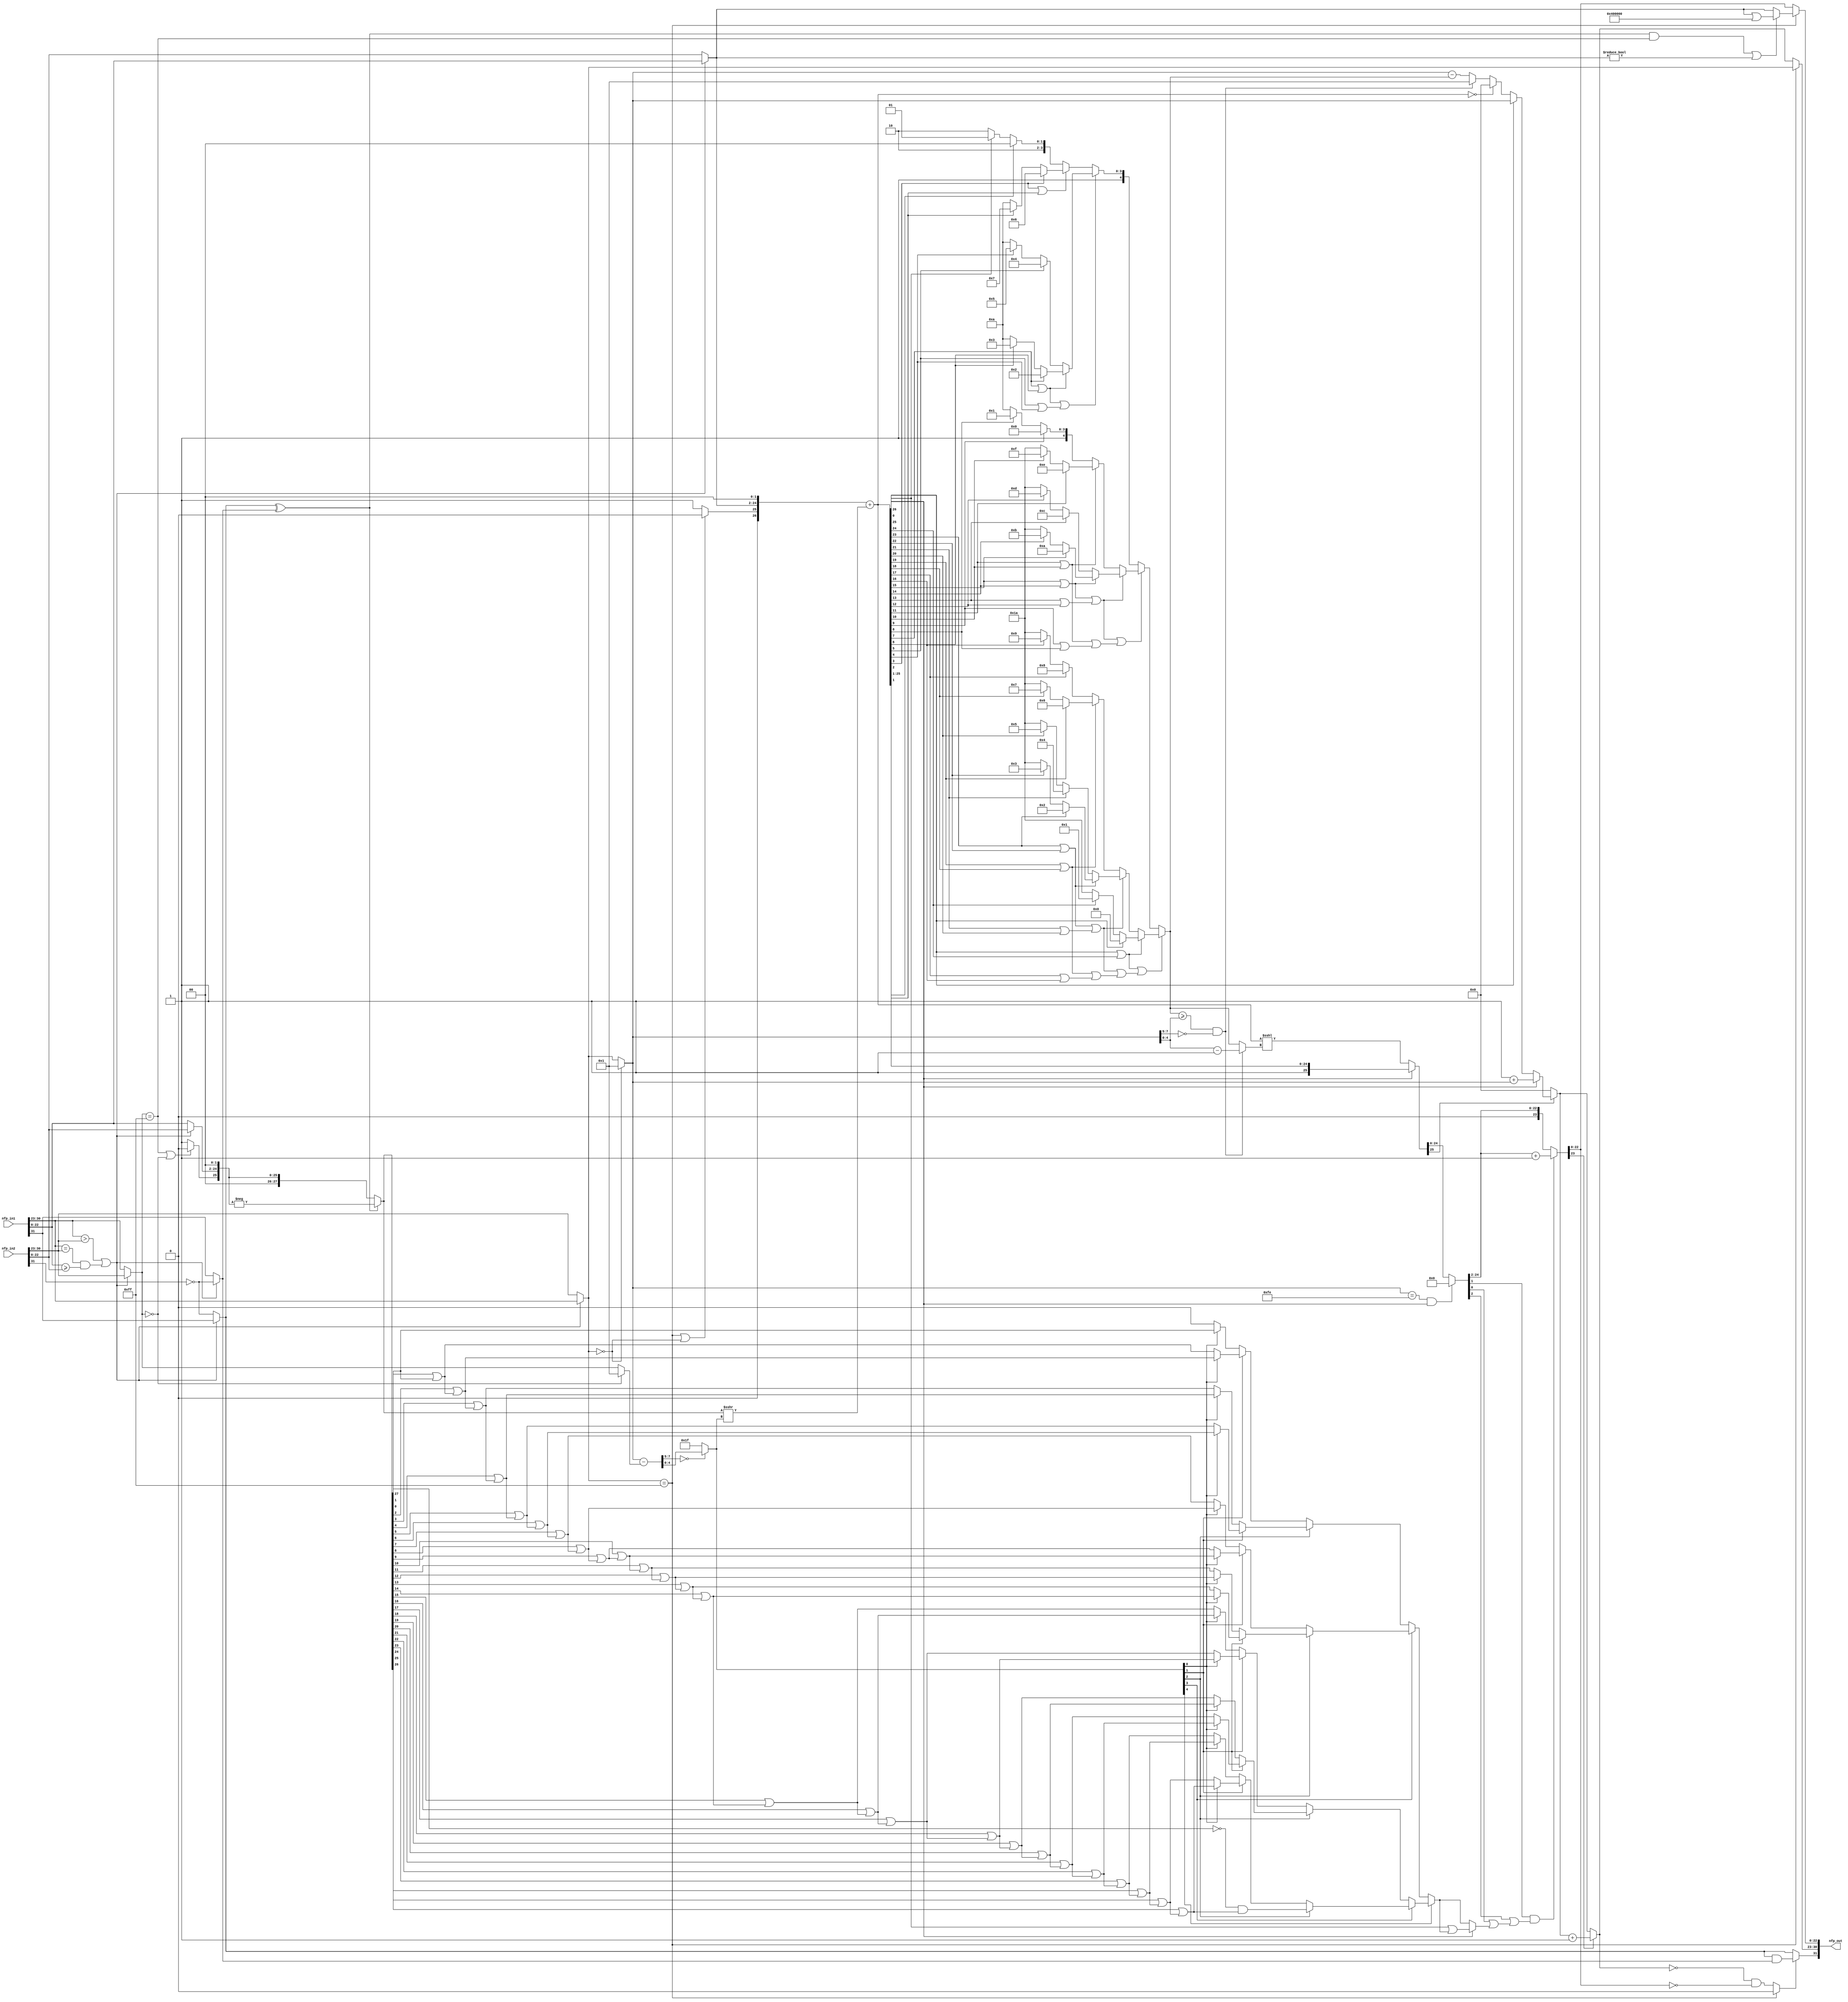
// -------------------------------------------------------------
// 
// 
// Generated by MATLAB 9.12 and HDL Coder 3.20
// 
// -------------------------------------------------------------


// -------------------------------------------------------------
// 
// Module: nfp_sub_single
// Source Path: SimulinkCFARHDLWorkflowExampleNew/CFAR Implementation Model/Alpha HDL/nfp_sub_single
// Hierarchy Level: 2
// 
// {Latency Strategy = "Zero"}
// 
// -------------------------------------------------------------

`timescale 1 ns / 1 ns

module nfp_sub_single
          (nfp_in1,
           nfp_in2,
           nfp_out);


  input   [31:0] nfp_in1;  // ufix32
  input   [31:0] nfp_in2;  // ufix32
  output  [31:0] nfp_out;  // ufix32


  wire AS;  // ufix1
  wire [7:0] AE;  // ufix8
  wire [22:0] AM;  // ufix23
  wire BS;  // ufix1
  wire [7:0] BE;  // ufix8
  wire [22:0] BM;  // ufix23
  wire Relational_Operator1_relop1;
  wire Relational_Operator_relop1;
  wire bitconcat_aExponent_aMantissa_relop1;
  wire Logical_Operator_out1;  // ufix1
  wire Logical_Operator1_out1;  // ufix1
  wire [7:0] if_bitconcat_aExponent_aMantiss_out1;  // ufix8
  wire aExponent_cfType_Exponent_I_out1;  // ufix1
  wire Exponent_0_out1;  // ufix1
  wire [7:0] C_out1;  // ufix8
  wire [7:0] if_Exponent_0_out1;  // ufix8
  wire exp_norm_cfType_Exponent_In_out1;  // ufix1
  wire alphaExponent_0_cfType_Exp_out1;  // ufix1
  wire [2:0] alpha1_out1;  // ufix3
  wire [2:0] alpha0_out1;  // ufix3
  wire [2:0] if_Exponent_0_cfType_Exp_out1;  // ufix3
  wire [22:0] if_bitconcat_aExponent_aMantiss_1_out1;  // ufix23
  wire [25:0] Bit_Concat_out1;  // ufix26
  wire [1:0] alpha0_1_out1;  // ufix2
  wire [27:0] Bit_Concat1_out1;  // ufix28
  wire signed [27:0] Data_Type_Conversion_out1;  // sfix28
  wire Logical_Operator_out1_1;  // ufix1
  wire if_bitconcat_aExponent_aMantiss_2_out1;  // ufix1
  wire if_bitconcat_aExponent_aMantiss_5_out1;  // ufix1
  wire bitxor_out1;  // ufix1
  wire [7:0] if_bitconcat_aExponent_aMantiss_3_out1;  // ufix8
  wire exp_b_cfType_Exponent_Inf_o_out1;  // ufix1
  wire Exponent_0_out1_1;  // ufix1
  wire alphaExponent_0_cfType_Exp_out1_1;  // ufix1
  wire [2:0] alpha1_out1_1;  // ufix3
  wire [2:0] alpha0_out1_1;  // ufix3
  wire [2:0] if_Exponent_0_cfType_Exp_out1_1;  // ufix3
  wire [22:0] if_bitconcat_aExponent_aMantiss_4_out1;  // ufix23
  wire [25:0] Bit_Concat_out1_1;  // ufix26
  wire [1:0] alpha0_1_out1_1;  // ufix2
  wire [27:0] Bit_Concat1_out1_1;  // ufix28
  wire signed [27:0] Data_Type_Conversion_out1_1;  // sfix28
  wire signed [28:0] alphamant_b_ext_in0;  // sfix29
  wire signed [28:0] alphamant_b_ext_1;  // sfix29
  wire signed [27:0] alphamant_b_ext_out1;  // sfix28
  wire signed [27:0] if_opp_Sign_out1;  // sfix28
  wire [7:0] C_out1_1;  // ufix8
  wire [7:0] if_Exponent_0_out1_1;  // ufix8
  wire signed [31:0] storedInteger_exp_a_cor_sto_1;  // sfix32
  wire signed [31:0] storedInteger_exp_a_cor_sto_2;  // sfix32
  wire signed [31:0] storedInteger_exp_a_cor_sto_out1;  // int32
  wire [2:0] Bit_Slice2_out1;  // ufix3
  wire Compare_To_Zero_out1;  // ufix1
  wire [4:0] Constant_out1;  // ufix5
  wire [4:0] Bit_Slice_out1;  // ufix5
  wire [4:0] if_opp_Sign_1_out1;  // ufix5
  wire [7:0] dynamic_shift_1;  // uint8
  wire signed [27:0] bitsra_mant_b_ext_shift_lengt_out1;  // sfix28
  wire signed [31:0] mant_a_ext_mant_b_shifted_add_temp;  // sfix32
  wire signed [31:0] mant_a_ext_mant_b_shifted_1;  // sfix32
  wire signed [31:0] mant_a_ext_mant_b_shifted_2;  // sfix32
  wire [26:0] mant_a_ext_mant_b_shifted_out1;  // ufix27
  wire BitSlice_out1;  // ufix1
  wire Logical_Operator_out1_2;  // ufix1
  wire [25:0] BitSlice3_out1;  // ufix26
  wire Bit_Slice5_out1;  // ufix1
  wire Bit_Slice3_out1;  // ufix1
  wire Logical_Operator1_out1_1;  // ufix1
  wire [7:0] Bit_Slice2_out1_1;  // ufix8
  wire Bit_Slice16_out1;  // ufix1
  wire Bit_Slice15_out1;  // ufix1
  wire Logical_Operator5_out1;  // ufix1
  wire Bit_Slice14_out1;  // ufix1
  wire Bit_Slice13_out1;  // ufix1
  wire Logical_Operator7_out1;  // ufix1
  wire Logical_Operator6_out1;  // ufix1
  wire Bit_Slice12_out1;  // ufix1
  wire Bit_Slice11_out1;  // ufix1
  wire Logical_Operator4_out1;  // ufix1
  wire Bit_Slice10_out1;  // ufix1
  wire Bit_Slice9_out1;  // ufix1
  wire Logical_Operator14_out1;  // ufix1
  wire Logical_Operator13_out1;  // ufix1
  wire Logical_Operator12_out1;  // ufix1
  wire [7:0] Bit_Slice1_out1;  // ufix8
  wire Bit_Slice16_out1_1;  // ufix1
  wire Bit_Slice15_out1_1;  // ufix1
  wire Logical_Operator5_out1_1;  // ufix1
  wire Bit_Slice14_out1_1;  // ufix1
  wire Bit_Slice13_out1_1;  // ufix1
  wire Logical_Operator7_out1_1;  // ufix1
  wire Logical_Operator6_out1_1;  // ufix1
  wire Bit_Slice12_out1_1;  // ufix1
  wire Bit_Slice11_out1_1;  // ufix1
  wire Logical_Operator4_out1_1;  // ufix1
  wire Bit_Slice10_out1_1;  // ufix1
  wire Bit_Slice9_out1_1;  // ufix1
  wire Logical_Operator14_out1_1;  // ufix1
  wire Logical_Operator13_out1_1;  // ufix1
  wire [7:0] Bit_Slice4_out1;  // ufix8
  wire Bit_Slice8_out1;  // ufix1
  wire Bit_Slice7_out1;  // ufix1
  wire Logical_Operator1_out1_2;  // ufix1
  wire Bit_Slice6_out1;  // ufix1
  wire Bit_Slice5_out1_1;  // ufix1
  wire Logical_Operator3_out1;  // ufix1
  wire Bit_Slice3_out1_1;  // ufix1
  wire Bit_Slice2_out1_2;  // ufix1
  wire Bit_Slice1_out1_1;  // ufix1
  wire Bit_Slice_out1_1;  // ufix1
  wire [4:0] Constant_out1_1;  // ufix5
  wire [4:0] Constant1_out1;  // ufix5
  wire [4:0] Switch_out1;  // ufix5
  wire Logical_Operator_out1_3;  // ufix1
  wire [4:0] Constant2_out1;  // ufix5
  wire [4:0] Switch1_out1;  // ufix5
  wire [4:0] Constant3_out1;  // ufix5
  wire [4:0] Switch2_out1;  // ufix5
  wire [4:0] Constant4_out1;  // ufix5
  wire Logical_Operator2_out1;  // ufix1
  wire [4:0] Switch3_out1;  // ufix5
  wire [4:0] Switch4_out1;  // ufix5
  wire [4:0] Constant5_out1;  // ufix5
  wire [4:0] Switch5_out1;  // ufix5
  wire [4:0] Constant6_out1;  // ufix5
  wire [4:0] Switch6_out1;  // ufix5
  wire [4:0] Constant7_out1;  // ufix5
  wire [4:0] Switch7_out1;  // ufix5
  wire [4:0] Constant8_out1;  // ufix5
  wire [4:0] Switch8_out1;  // ufix5
  wire Logical_Operator12_out1_1;  // ufix1
  wire [4:0] Switch9_out1;  // ufix5
  wire [4:0] Switch10_out1;  // ufix5
  wire [4:0] Constant9_out1;  // ufix5
  wire [4:0] Switch11_out1;  // ufix5
  wire [4:0] Constant10_out1;  // ufix5
  wire [4:0] Switch12_out1;  // ufix5
  wire [4:0] Constant11_out1;  // ufix5
  wire [4:0] Switch14_out1;  // ufix5
  wire [4:0] Constant12_out1;  // ufix5
  wire [4:0] Switch15_out1;  // ufix5
  wire [4:0] Switch16_out1;  // ufix5
  wire [4:0] Constant13_out1;  // ufix5
  wire [4:0] Switch17_out1;  // ufix5
  wire [4:0] Constant14_out1;  // ufix5
  wire [4:0] Switch18_out1;  // ufix5
  wire [4:0] Constant15_out1;  // ufix5
  wire [4:0] Switch19_out1;  // ufix5
  wire [4:0] Constant16_out1;  // ufix5
  wire [4:0] Switch20_out1;  // ufix5
  wire [4:0] Switch21_out1;  // ufix5
  wire Logical_Operator_out1_4;  // ufix1
  wire [4:0] Switch13_out1;  // ufix5
  wire [4:0] Switch33_out1;  // ufix5
  wire [4:0] Constant9_out1_1;  // ufix5
  wire [4:0] Switch11_out1_1;  // ufix5
  wire [4:0] Constant10_out1_1;  // ufix5
  wire [4:0] Switch12_out1_1;  // ufix5
  wire [4:0] Constant11_out1_1;  // ufix5
  wire [4:0] Switch14_out1_1;  // ufix5
  wire [4:0] Constant12_out1_1;  // ufix5
  wire [4:0] Switch15_out1_1;  // ufix5
  wire [4:0] Switch16_out1_1;  // ufix5
  wire [4:0] Constant13_out1_1;  // ufix5
  wire [4:0] Switch17_out1_1;  // ufix5
  wire [4:0] Constant14_out1_1;  // ufix5
  wire [4:0] Switch18_out1_1;  // ufix5
  wire [4:0] Constant15_out1_1;  // ufix5
  wire [4:0] Switch19_out1_1;  // ufix5
  wire [4:0] Constant16_out1_1;  // ufix5
  wire [4:0] Switch20_out1_1;  // ufix5
  wire [4:0] Switch21_out1_1;  // ufix5
  wire [4:0] Switch13_out1_1;  // ufix5
  wire [4:0] Constant1_out1_1;  // ufix5
  wire [4:0] Switch3_out1_1;  // ufix5
  wire [4:0] Constant2_out1_1;  // ufix5
  wire [4:0] Switch2_out1_1;  // ufix5
  wire [4:0] Switch1_out1_1;  // ufix5
  wire [4:0] Switch34_out1;  // ufix5
  wire [4:0] Bit_Slice_out1_2;  // ufix5
  wire shift_length_exp_a_cor_relop1;
  wire [2:0] Bit_Slice1_out1_2;  // ufix3
  wire Compare_To_Zero_out1_1;  // ufix1
  wire Logical_Operator1_out1_3;  // ufix1
  wire [7:0] C1_out1;  // ufix8
  wire [4:0] exp_a_cor_1_sub_cast;  // ufix5
  wire [4:0] exp_a_cor_1_out1;  // ufix5
  wire [4:0] if_shift_length_exp_a_cor_1_out1;  // ufix5
  wire [7:0] dynamic_shift_3;  // uint8
  wire [26:0] bitsll_Sum_shift_length_out1;  // ufix27
  wire [26:0] bitsrl_Sum_1_out1;  // ufix27
  wire [26:0] if_bitget_Sum_Sum_WordLength_out1;  // ufix27
  wire [26:0] C5_out1;  // ufix27
  wire [26:0] if_exp_norm_cfType_Exponent_I_out1;  // ufix27
  wire [23:0] BitSlice6_out1;  // ufix24
  wire BitSlice5_out1;  // ufix1
  wire Bit_Slice13_out1_2;  // ufix1
  wire Bit_Slice12_out1_2;  // ufix1
  wire Bit_Slice10_out1_2;  // ufix1
  wire Bit_Slice11_out1_2;  // ufix1
  wire Bit_Slice14_out1_2;  // ufix1
  wire [2:0] Bit_Slice7_out1_1;  // ufix3
  wire Constant1_out1_2;  // ufix1
  wire [3:0] Bit_Concat_out1_2;  // ufix4
  wire Bit_Slice_out1_3;  // ufix1
  wire Data_Type_Conversion_out1_2;  // ufix1
  wire Bit_Slice1_out1_3;  // ufix1
  wire Logical_Operator_out1_5;  // ufix1
  wire Switch6_out1_1;  // ufix1
  wire Bit_Slice2_out1_3;  // ufix1
  wire Logical_Operator1_out1_4;  // ufix1
  wire Bit_Slice3_out1_2;  // ufix1
  wire Logical_Operator2_out1_1;  // ufix1
  wire Switch7_out1_1;  // ufix1
  wire Switch3_out1_2;  // ufix1
  wire [3:0] Bit_Slice8_out1_1;  // ufix4
  wire Bit_Slice_out1_4;  // ufix1
  wire Logical_Operator3_out1_1;  // ufix1
  wire Bit_Slice1_out1_4;  // ufix1
  wire Logical_Operator_out1_6;  // ufix1
  wire Switch6_out1_2;  // ufix1
  wire Bit_Slice2_out1_4;  // ufix1
  wire Logical_Operator1_out1_5;  // ufix1
  wire Bit_Slice3_out1_3;  // ufix1
  wire Logical_Operator2_out1_2;  // ufix1
  wire Switch7_out1_2;  // ufix1
  wire Switch3_out1_3;  // ufix1
  wire Switch6_out1_3;  // ufix1
  wire [3:0] Bit_Slice9_out1_2;  // ufix4
  wire Bit_Slice_out1_5;  // ufix1
  wire Logical_Operator3_out1_2;  // ufix1
  wire Bit_Slice1_out1_5;  // ufix1
  wire Logical_Operator_out1_7;  // ufix1
  wire Switch6_out1_4;  // ufix1
  wire Bit_Slice2_out1_5;  // ufix1
  wire Logical_Operator1_out1_6;  // ufix1
  wire Bit_Slice3_out1_4;  // ufix1
  wire Logical_Operator2_out1_3;  // ufix1
  wire Switch7_out1_3;  // ufix1
  wire Switch3_out1_4;  // ufix1
  wire [3:0] Bit_Slice3_out1_5;  // ufix4
  wire Bit_Slice_out1_6;  // ufix1
  wire Logical_Operator3_out1_3;  // ufix1
  wire Bit_Slice1_out1_6;  // ufix1
  wire Logical_Operator_out1_8;  // ufix1
  wire Switch6_out1_5;  // ufix1
  wire Bit_Slice2_out1_6;  // ufix1
  wire Logical_Operator1_out1_7;  // ufix1
  wire Bit_Slice3_out1_6;  // ufix1
  wire Logical_Operator2_out1_4;  // ufix1
  wire Switch7_out1_4;  // ufix1
  wire Switch3_out1_5;  // ufix1
  wire Switch7_out1_5;  // ufix1
  wire Switch3_out1_6;  // ufix1
  wire [3:0] Bit_Slice4_out1_1;  // ufix4
  wire Bit_Slice_out1_7;  // ufix1
  wire Logical_Operator3_out1_4;  // ufix1
  wire Bit_Slice1_out1_7;  // ufix1
  wire Logical_Operator_out1_9;  // ufix1
  wire Switch6_out1_6;  // ufix1
  wire Bit_Slice2_out1_7;  // ufix1
  wire Logical_Operator1_out1_8;  // ufix1
  wire Bit_Slice3_out1_7;  // ufix1
  wire Logical_Operator2_out1_5;  // ufix1
  wire Switch7_out1_6;  // ufix1
  wire Switch3_out1_7;  // ufix1
  wire [3:0] Bit_Slice5_out1_2;  // ufix4
  wire Bit_Slice_out1_8;  // ufix1
  wire Logical_Operator3_out1_5;  // ufix1
  wire Bit_Slice1_out1_8;  // ufix1
  wire Logical_Operator_out1_10;  // ufix1
  wire Switch6_out1_7;  // ufix1
  wire Bit_Slice2_out1_8;  // ufix1
  wire Logical_Operator1_out1_9;  // ufix1
  wire Bit_Slice3_out1_8;  // ufix1
  wire Logical_Operator2_out1_6;  // ufix1
  wire Switch7_out1_7;  // ufix1
  wire Switch3_out1_8;  // ufix1
  wire Switch6_out1_8;  // ufix1
  wire [3:0] Bit_Slice6_out1_1;  // ufix4
  wire Bit_Slice_out1_9;  // ufix1
  wire Logical_Operator3_out1_6;  // ufix1
  wire Bit_Slice1_out1_9;  // ufix1
  wire Logical_Operator_out1_11;  // ufix1
  wire Switch6_out1_9;  // ufix1
  wire Bit_Slice2_out1_9;  // ufix1
  wire Logical_Operator1_out1_10;  // ufix1
  wire Bit_Slice3_out1_9;  // ufix1
  wire Logical_Operator2_out1_7;  // ufix1
  wire Switch7_out1_8;  // ufix1
  wire Switch3_out1_9;  // ufix1
  wire Bit_Slice1_out1_10;  // ufix1
  wire Logical_Operator_out1_12;  // ufix1
  wire Logical_Operator1_out1_11;  // ufix1
  wire Switch7_out1_9;  // ufix1
  wire Switch3_out1_10;  // ufix1
  wire Switch2_out1_2;  // ufix1
  wire BitSlice1_out1;  // ufix1
  wire sticky_bitget_Sum_1_out1;  // ufix1
  wire BitSlice_out1_1;  // ufix1
  wire BitSlice1_out1_1;  // ufix1
  wire if_bitget_Sum_Sum_WordLength_2_out1;  // ufix1
  wire sticky_bitget_Sum_1_out1_1;  // ufix1
  wire alphabitget_Mant_tmp_2_0_out1;  // ufix1
  wire alphabitget_Mant_tmp_1_0_out1;  // ufix1
  wire alpha0_out1_2;  // ufix1
  wire [22:0] BitSlice4_out1;  // ufix23
  wire [23:0] Bit_Concat_out1_3;  // ufix24
  wire [23:0] cast_2_like_Mant_tmp_out1;  // ufix24
  wire [23:0] Mant_tmp_cast_2_like_Man_out1;  // ufix24
  wire [23:0] if_bitget_Mant_tmp_1_0_out1;  // ufix24
  wire BitSlice2_out1;  // ufix1
  wire BitSlice4_out1_1;  // ufix1
  wire [7:0] C4_out1;  // ufix8
  wire Sum_0_out1;  // ufix1
  wire [7:0] exp_a_cor_shift_length_1;  // ufix8
  wire [7:0] exp_a_cor_shift_length_out1;  // ufix8
  wire [7:0] C2_out1;  // ufix8
  wire [7:0] if_shift_length_exp_a_cor_out1;  // ufix8
  wire BitSlice2_out1_1;  // ufix1
  wire [7:0] C3_out1;  // ufix8
  wire [7:0] if_Sum_0_out1;  // ufix8
  wire [7:0] if_bitget_Sum_Sum_WordLength_1_out1;  // ufix8
  wire [7:0] C_out1_2;  // ufix8
  wire [7:0] exp_a_cor_1_out1_1;  // ufix8
  wire [7:0] if_bitget_Sum_Sum_WordLength_1_out1_1;  // ufix8
  wire [7:0] if_bitget_Sum_Sum_WordLength_out1_1;  // ufix8
  wire [7:0] cast_1_like_Exp_out1;  // ufix8
  wire [7:0] Exp_cast_1_like_Exp_out1;  // ufix8
  wire [7:0] if_bitget_Mant_tmp_Mant_tmp_Wor_out1;  // ufix8
  wire Exponent_0_out1_2;  // ufix1
  wire [22:0] BitSlice3_out1_1;  // ufix23
  wire Mantissa_0_out1;  // ufix1
  wire alphaExponent_0_Mantissa_out1;  // ufix1
  wire Constant_out1_2;  // ufix1
  wire Switch_out1_1;  // ufix1
  wire alphaaSign_1_bSign_1_out1;  // ufix1
  wire if_Exponent_0_Mantissa_out1;  // ufix1
  wire [7:0] if_aExponent_cfType_Exponent_out1;  // ufix8
  wire opp_signs_exp_b_cfType_out1;  // ufix1
  wire mant_a_0_out1;  // ufix1
  wire alphamant_a_0_opp_signs_out1;  // ufix1
  wire [22:0] BitSet_out1;  // ufix23
  wire [22:0] if_mant_a_0_opp_signs_out1;  // ufix23
  wire [22:0] if_aExponent_cfType_Exponent_1_out1;  // ufix23
  wire [31:0] nfp_out_pack;  // ufix32


  // Split 32 bit word into FP sign, exponent, mantissa
  assign AS = nfp_in1[31];
  assign AE = nfp_in1[30:23];
  assign AM = nfp_in1[22:0];



  // Split 32 bit word into FP sign, exponent, mantissa
  assign BS = nfp_in2[31];
  assign BE = nfp_in2[30:23];
  assign BM = nfp_in2[22:0];



  assign Relational_Operator1_relop1 = AE == BE;



  assign Relational_Operator_relop1 = AE > BE;



  assign bitconcat_aExponent_aMantissa_relop1 = AM >= BM;



  assign Logical_Operator_out1 = Relational_Operator1_relop1 & bitconcat_aExponent_aMantissa_relop1;



  assign Logical_Operator1_out1 = Relational_Operator_relop1 | Logical_Operator_out1;



  assign if_bitconcat_aExponent_aMantiss_out1 = (Logical_Operator1_out1 == 1'b0 ? BE :
              AE);



  assign aExponent_cfType_Exponent_I_out1 = if_bitconcat_aExponent_aMantiss_out1 == 8'b11111111;



  assign Exponent_0_out1 = if_bitconcat_aExponent_aMantiss_out1 == 8'b00000000;



  assign C_out1 = 8'b00000001;



  assign if_Exponent_0_out1 = (Exponent_0_out1 == 1'b0 ? if_bitconcat_aExponent_aMantiss_out1 :
              C_out1);



  assign exp_norm_cfType_Exponent_In_out1 = if_Exponent_0_out1 == 8'b11111110;



  assign alphaExponent_0_cfType_Exp_out1 = aExponent_cfType_Exponent_I_out1 | Exponent_0_out1;



  assign alpha1_out1 = 3'b001;



  assign alpha0_out1 = 3'b000;



  assign if_Exponent_0_cfType_Exp_out1 = (alphaExponent_0_cfType_Exp_out1 == 1'b0 ? alpha1_out1 :
              alpha0_out1);



  assign if_bitconcat_aExponent_aMantiss_1_out1 = (Logical_Operator1_out1 == 1'b0 ? BM :
              AM);



  assign Bit_Concat_out1 = {if_Exponent_0_cfType_Exp_out1, if_bitconcat_aExponent_aMantiss_1_out1};



  assign alpha0_1_out1 = 2'b00;



  assign Bit_Concat1_out1 = {Bit_Concat_out1, alpha0_1_out1};



  assign Data_Type_Conversion_out1 = Bit_Concat1_out1;



  assign Logical_Operator_out1_1 =  ~ BS;



  assign if_bitconcat_aExponent_aMantiss_2_out1 = (Logical_Operator1_out1 == 1'b0 ? Logical_Operator_out1_1 :
              AS);



  assign if_bitconcat_aExponent_aMantiss_5_out1 = (Logical_Operator1_out1 == 1'b0 ? AS :
              Logical_Operator_out1_1);



  assign bitxor_out1 = if_bitconcat_aExponent_aMantiss_2_out1 ^ if_bitconcat_aExponent_aMantiss_5_out1;



  assign if_bitconcat_aExponent_aMantiss_3_out1 = (Logical_Operator1_out1 == 1'b0 ? AE :
              BE);



  assign exp_b_cfType_Exponent_Inf_o_out1 = if_bitconcat_aExponent_aMantiss_3_out1 == 8'b11111111;



  assign Exponent_0_out1_1 = if_bitconcat_aExponent_aMantiss_3_out1 == 8'b00000000;



  assign alphaExponent_0_cfType_Exp_out1_1 = exp_b_cfType_Exponent_Inf_o_out1 | Exponent_0_out1_1;



  assign alpha1_out1_1 = 3'b001;



  assign alpha0_out1_1 = 3'b000;



  assign if_Exponent_0_cfType_Exp_out1_1 = (alphaExponent_0_cfType_Exp_out1_1 == 1'b0 ? alpha1_out1_1 :
              alpha0_out1_1);



  assign if_bitconcat_aExponent_aMantiss_4_out1 = (Logical_Operator1_out1 == 1'b0 ? AM :
              BM);



  assign Bit_Concat_out1_1 = {if_Exponent_0_cfType_Exp_out1_1, if_bitconcat_aExponent_aMantiss_4_out1};



  assign alpha0_1_out1_1 = 2'b00;



  assign Bit_Concat1_out1_1 = {Bit_Concat_out1_1, alpha0_1_out1_1};



  assign Data_Type_Conversion_out1_1 = Bit_Concat1_out1_1;



  assign alphamant_b_ext_1 = {Data_Type_Conversion_out1_1[27], Data_Type_Conversion_out1_1};
  assign alphamant_b_ext_in0 =  - (alphamant_b_ext_1);
  assign alphamant_b_ext_out1 = alphamant_b_ext_in0[27:0];



  assign if_opp_Sign_out1 = (bitxor_out1 == 1'b0 ? Data_Type_Conversion_out1_1 :
              alphamant_b_ext_out1);



  assign C_out1_1 = 8'b00000001;



  assign if_Exponent_0_out1_1 = (Exponent_0_out1_1 == 1'b0 ? if_bitconcat_aExponent_aMantiss_3_out1 :
              C_out1_1);



  assign storedInteger_exp_a_cor_sto_1 = {24'b0, if_Exponent_0_out1};
  assign storedInteger_exp_a_cor_sto_2 = {24'b0, if_Exponent_0_out1_1};
  assign storedInteger_exp_a_cor_sto_out1 = storedInteger_exp_a_cor_sto_1 - storedInteger_exp_a_cor_sto_2;



  assign Bit_Slice2_out1 = storedInteger_exp_a_cor_sto_out1[7:5];



  assign Compare_To_Zero_out1 = Bit_Slice2_out1 == 3'b000;



  assign Constant_out1 = 5'b11111;



  assign Bit_Slice_out1 = storedInteger_exp_a_cor_sto_out1[4:0];



  assign if_opp_Sign_1_out1 = (Compare_To_Zero_out1 == 1'b0 ? Constant_out1 :
              Bit_Slice_out1);



  assign dynamic_shift_1 = {3'b0, if_opp_Sign_1_out1};
  assign bitsra_mant_b_ext_shift_lengt_out1 = if_opp_Sign_out1 >>> dynamic_shift_1;



  assign mant_a_ext_mant_b_shifted_1 = {{4{Data_Type_Conversion_out1[27]}}, Data_Type_Conversion_out1};
  assign mant_a_ext_mant_b_shifted_2 = {{4{bitsra_mant_b_ext_shift_lengt_out1[27]}}, bitsra_mant_b_ext_shift_lengt_out1};
  assign mant_a_ext_mant_b_shifted_add_temp = mant_a_ext_mant_b_shifted_1 + mant_a_ext_mant_b_shifted_2;
  assign mant_a_ext_mant_b_shifted_out1 = mant_a_ext_mant_b_shifted_add_temp[26:0];



  assign BitSlice_out1 = mant_a_ext_mant_b_shifted_out1[26];



  assign Logical_Operator_out1_2 = exp_norm_cfType_Exponent_In_out1 & BitSlice_out1;



  assign BitSlice3_out1 = mant_a_ext_mant_b_shifted_out1[25:0];



  assign Bit_Slice5_out1 = BitSlice3_out1[25];



  assign Bit_Slice3_out1 = BitSlice3_out1[24];



  assign Logical_Operator1_out1_1 = Bit_Slice5_out1 | Bit_Slice3_out1;



  assign Bit_Slice2_out1_1 = BitSlice3_out1[23:16];



  assign Bit_Slice16_out1 = Bit_Slice2_out1_1[7];



  assign Bit_Slice15_out1 = Bit_Slice2_out1_1[6];



  assign Logical_Operator5_out1 = Bit_Slice16_out1 | Bit_Slice15_out1;



  assign Bit_Slice14_out1 = Bit_Slice2_out1_1[5];



  assign Bit_Slice13_out1 = Bit_Slice2_out1_1[4];



  assign Logical_Operator7_out1 = Bit_Slice14_out1 | Bit_Slice13_out1;



  assign Logical_Operator6_out1 = Logical_Operator5_out1 | Logical_Operator7_out1;



  assign Bit_Slice12_out1 = Bit_Slice2_out1_1[3];



  assign Bit_Slice11_out1 = Bit_Slice2_out1_1[2];



  assign Logical_Operator4_out1 = Bit_Slice12_out1 | Bit_Slice11_out1;



  assign Bit_Slice10_out1 = Bit_Slice2_out1_1[1];



  assign Bit_Slice9_out1 = Bit_Slice2_out1_1[0];



  assign Logical_Operator14_out1 = Bit_Slice10_out1 | Bit_Slice9_out1;



  assign Logical_Operator13_out1 = Logical_Operator4_out1 | Logical_Operator14_out1;



  assign Logical_Operator12_out1 = Logical_Operator6_out1 | Logical_Operator13_out1;



  assign Bit_Slice1_out1 = BitSlice3_out1[15:8];



  assign Bit_Slice16_out1_1 = Bit_Slice1_out1[7];



  assign Bit_Slice15_out1_1 = Bit_Slice1_out1[6];



  assign Logical_Operator5_out1_1 = Bit_Slice16_out1_1 | Bit_Slice15_out1_1;



  assign Bit_Slice14_out1_1 = Bit_Slice1_out1[5];



  assign Bit_Slice13_out1_1 = Bit_Slice1_out1[4];



  assign Logical_Operator7_out1_1 = Bit_Slice14_out1_1 | Bit_Slice13_out1_1;



  assign Logical_Operator6_out1_1 = Logical_Operator5_out1_1 | Logical_Operator7_out1_1;



  assign Bit_Slice12_out1_1 = Bit_Slice1_out1[3];



  assign Bit_Slice11_out1_1 = Bit_Slice1_out1[2];



  assign Logical_Operator4_out1_1 = Bit_Slice12_out1_1 | Bit_Slice11_out1_1;



  assign Bit_Slice10_out1_1 = Bit_Slice1_out1[1];



  assign Bit_Slice9_out1_1 = Bit_Slice1_out1[0];



  assign Logical_Operator14_out1_1 = Bit_Slice10_out1_1 | Bit_Slice9_out1_1;



  assign Logical_Operator13_out1_1 = Logical_Operator4_out1_1 | Logical_Operator14_out1_1;



  assign Bit_Slice4_out1 = BitSlice3_out1[7:0];



  assign Bit_Slice8_out1 = Bit_Slice4_out1[7];



  assign Bit_Slice7_out1 = Bit_Slice4_out1[6];



  assign Logical_Operator1_out1_2 = Bit_Slice8_out1 | Bit_Slice7_out1;



  assign Bit_Slice6_out1 = Bit_Slice4_out1[5];



  assign Bit_Slice5_out1_1 = Bit_Slice4_out1[4];



  assign Logical_Operator3_out1 = Bit_Slice6_out1 | Bit_Slice5_out1_1;



  assign Bit_Slice3_out1_1 = Bit_Slice4_out1[3];



  assign Bit_Slice2_out1_2 = Bit_Slice4_out1[2];



  assign Bit_Slice1_out1_1 = Bit_Slice4_out1[1];



  assign Bit_Slice_out1_1 = Bit_Slice4_out1[0];



  assign Constant_out1_1 = 5'b11010;



  assign Constant1_out1 = 5'b11001;



  assign Switch_out1 = (Bit_Slice_out1_1 == 1'b0 ? Constant_out1_1 :
              Constant1_out1);



  assign Logical_Operator_out1_3 = Bit_Slice3_out1_1 | Bit_Slice2_out1_2;



  assign Constant2_out1 = 5'b11000;



  assign Switch1_out1 = (Bit_Slice1_out1_1 == 1'b0 ? Switch_out1 :
              Constant2_out1);



  assign Constant3_out1 = 5'b10111;



  assign Switch2_out1 = (Bit_Slice2_out1_2 == 1'b0 ? Constant_out1_1 :
              Constant3_out1);



  assign Constant4_out1 = 5'b10110;



  assign Logical_Operator2_out1 = Logical_Operator1_out1_2 | Logical_Operator3_out1;



  assign Switch3_out1 = (Bit_Slice3_out1_1 == 1'b0 ? Switch2_out1 :
              Constant4_out1);



  assign Switch4_out1 = (Logical_Operator_out1_3 == 1'b0 ? Switch1_out1 :
              Switch3_out1);



  assign Constant5_out1 = 5'b10101;



  assign Switch5_out1 = (Bit_Slice5_out1_1 == 1'b0 ? Constant_out1_1 :
              Constant5_out1);



  assign Constant6_out1 = 5'b10100;



  assign Switch6_out1 = (Bit_Slice6_out1 == 1'b0 ? Switch5_out1 :
              Constant6_out1);



  assign Constant7_out1 = 5'b10011;



  assign Switch7_out1 = (Bit_Slice7_out1 == 1'b0 ? Constant_out1_1 :
              Constant7_out1);



  assign Constant8_out1 = 5'b10010;



  assign Switch8_out1 = (Bit_Slice8_out1 == 1'b0 ? Switch7_out1 :
              Constant8_out1);



  assign Logical_Operator12_out1_1 = Logical_Operator6_out1_1 | Logical_Operator13_out1_1;



  assign Switch9_out1 = (Logical_Operator1_out1_2 == 1'b0 ? Switch6_out1 :
              Switch8_out1);



  assign Switch10_out1 = (Logical_Operator2_out1 == 1'b0 ? Switch4_out1 :
              Switch9_out1);



  assign Constant9_out1 = 5'b10001;



  assign Switch11_out1 = (Bit_Slice9_out1_1 == 1'b0 ? Constant_out1_1 :
              Constant9_out1);



  assign Constant10_out1 = 5'b10000;



  assign Switch12_out1 = (Bit_Slice10_out1_1 == 1'b0 ? Switch11_out1 :
              Constant10_out1);



  assign Constant11_out1 = 5'b01111;



  assign Switch14_out1 = (Bit_Slice11_out1_1 == 1'b0 ? Constant_out1_1 :
              Constant11_out1);



  assign Constant12_out1 = 5'b01110;



  assign Switch15_out1 = (Bit_Slice12_out1_1 == 1'b0 ? Switch14_out1 :
              Constant12_out1);



  assign Switch16_out1 = (Logical_Operator4_out1_1 == 1'b0 ? Switch12_out1 :
              Switch15_out1);



  assign Constant13_out1 = 5'b01101;



  assign Switch17_out1 = (Bit_Slice13_out1_1 == 1'b0 ? Constant_out1_1 :
              Constant13_out1);



  assign Constant14_out1 = 5'b01100;



  assign Switch18_out1 = (Bit_Slice14_out1_1 == 1'b0 ? Switch17_out1 :
              Constant14_out1);



  assign Constant15_out1 = 5'b01011;



  assign Switch19_out1 = (Bit_Slice15_out1_1 == 1'b0 ? Constant_out1_1 :
              Constant15_out1);



  assign Constant16_out1 = 5'b01010;



  assign Switch20_out1 = (Bit_Slice16_out1_1 == 1'b0 ? Switch19_out1 :
              Constant16_out1);



  assign Switch21_out1 = (Logical_Operator5_out1_1 == 1'b0 ? Switch18_out1 :
              Switch20_out1);



  assign Logical_Operator_out1_4 = Logical_Operator1_out1_1 | Logical_Operator12_out1;



  assign Switch13_out1 = (Logical_Operator6_out1_1 == 1'b0 ? Switch16_out1 :
              Switch21_out1);



  assign Switch33_out1 = (Logical_Operator12_out1_1 == 1'b0 ? Switch10_out1 :
              Switch13_out1);



  assign Constant9_out1_1 = 5'b01001;



  assign Switch11_out1_1 = (Bit_Slice9_out1 == 1'b0 ? Constant_out1_1 :
              Constant9_out1_1);



  assign Constant10_out1_1 = 5'b01000;



  assign Switch12_out1_1 = (Bit_Slice10_out1 == 1'b0 ? Switch11_out1_1 :
              Constant10_out1_1);



  assign Constant11_out1_1 = 5'b00111;



  assign Switch14_out1_1 = (Bit_Slice11_out1 == 1'b0 ? Constant_out1_1 :
              Constant11_out1_1);



  assign Constant12_out1_1 = 5'b00110;



  assign Switch15_out1_1 = (Bit_Slice12_out1 == 1'b0 ? Switch14_out1_1 :
              Constant12_out1_1);



  assign Switch16_out1_1 = (Logical_Operator4_out1 == 1'b0 ? Switch12_out1_1 :
              Switch15_out1_1);



  assign Constant13_out1_1 = 5'b00101;



  assign Switch17_out1_1 = (Bit_Slice13_out1 == 1'b0 ? Constant_out1_1 :
              Constant13_out1_1);



  assign Constant14_out1_1 = 5'b00100;



  assign Switch18_out1_1 = (Bit_Slice14_out1 == 1'b0 ? Switch17_out1_1 :
              Constant14_out1_1);



  assign Constant15_out1_1 = 5'b00011;



  assign Switch19_out1_1 = (Bit_Slice15_out1 == 1'b0 ? Constant_out1_1 :
              Constant15_out1_1);



  assign Constant16_out1_1 = 5'b00010;



  assign Switch20_out1_1 = (Bit_Slice16_out1 == 1'b0 ? Switch19_out1_1 :
              Constant16_out1_1);



  assign Switch21_out1_1 = (Logical_Operator5_out1 == 1'b0 ? Switch18_out1_1 :
              Switch20_out1_1);



  assign Switch13_out1_1 = (Logical_Operator6_out1 == 1'b0 ? Switch16_out1_1 :
              Switch21_out1_1);



  assign Constant1_out1_1 = 5'b00001;



  assign Switch3_out1_1 = (Bit_Slice3_out1 == 1'b0 ? Constant_out1_1 :
              Constant1_out1_1);



  assign Constant2_out1_1 = 5'b00000;



  assign Switch2_out1_1 = (Bit_Slice5_out1 == 1'b0 ? Switch3_out1_1 :
              Constant2_out1_1);



  assign Switch1_out1_1 = (Logical_Operator1_out1_1 == 1'b0 ? Switch13_out1_1 :
              Switch2_out1_1);



  assign Switch34_out1 = (Logical_Operator_out1_4 == 1'b0 ? Switch33_out1 :
              Switch1_out1_1);



  assign Bit_Slice_out1_2 = if_Exponent_0_out1[4:0];



  assign shift_length_exp_a_cor_relop1 = Switch34_out1 >= Bit_Slice_out1_2;



  assign Bit_Slice1_out1_2 = if_Exponent_0_out1[7:5];



  assign Compare_To_Zero_out1_1 = Bit_Slice1_out1_2 == 3'b000;



  assign Logical_Operator1_out1_3 = shift_length_exp_a_cor_relop1 & Compare_To_Zero_out1_1;



  assign C1_out1 = 8'b00000001;



  assign exp_a_cor_1_sub_cast = C1_out1[4:0];
  assign exp_a_cor_1_out1 = Bit_Slice_out1_2 - exp_a_cor_1_sub_cast;



  assign if_shift_length_exp_a_cor_1_out1 = (Logical_Operator1_out1_3 == 1'b0 ? Switch34_out1 :
              exp_a_cor_1_out1);



  assign dynamic_shift_3 = {3'b0, if_shift_length_exp_a_cor_1_out1};
  assign bitsll_Sum_shift_length_out1 = mant_a_ext_mant_b_shifted_out1 <<< dynamic_shift_3;



  assign bitsrl_Sum_1_out1 = mant_a_ext_mant_b_shifted_out1 >> 8'd1;



  assign if_bitget_Sum_Sum_WordLength_out1 = (BitSlice_out1 == 1'b0 ? bitsll_Sum_shift_length_out1 :
              bitsrl_Sum_1_out1);



  assign C5_out1 = 27'b000000000000000000000000000;



  assign if_exp_norm_cfType_Exponent_I_out1 = (Logical_Operator_out1_2 == 1'b0 ? if_bitget_Sum_Sum_WordLength_out1 :
              C5_out1);



  assign BitSlice6_out1 = if_exp_norm_cfType_Exponent_I_out1[24:1];



  assign BitSlice5_out1 = if_exp_norm_cfType_Exponent_I_out1[0];



  assign Bit_Slice13_out1_2 = if_opp_Sign_1_out1[4];



  assign Bit_Slice12_out1_2 = if_opp_Sign_1_out1[3];



  assign Bit_Slice10_out1_2 = if_opp_Sign_1_out1[2];



  assign Bit_Slice11_out1_2 = if_opp_Sign_1_out1[1];



  assign Bit_Slice14_out1_2 = if_opp_Sign_1_out1[0];



  assign Bit_Slice7_out1_1 = if_opp_Sign_out1[2:0];



  assign Constant1_out1_2 = 1'b0;



  assign Bit_Concat_out1_2 = {Bit_Slice7_out1_1, Constant1_out1_2};



  assign Bit_Slice_out1_3 = Bit_Concat_out1_2[0];



  assign Data_Type_Conversion_out1_2 = Bit_Slice_out1_3;



  assign Bit_Slice1_out1_3 = Bit_Concat_out1_2[1];



  assign Logical_Operator_out1_5 = Bit_Slice1_out1_3 | Data_Type_Conversion_out1_2;



  assign Switch6_out1_1 = (Bit_Slice14_out1_2 == 1'b0 ? Data_Type_Conversion_out1_2 :
              Logical_Operator_out1_5);



  assign Bit_Slice2_out1_3 = Bit_Concat_out1_2[2];



  assign Logical_Operator1_out1_4 = Bit_Slice2_out1_3 | Logical_Operator_out1_5;



  assign Bit_Slice3_out1_2 = Bit_Concat_out1_2[3];



  assign Logical_Operator2_out1_1 = Bit_Slice3_out1_2 | Logical_Operator1_out1_4;



  assign Switch7_out1_1 = (Bit_Slice14_out1_2 == 1'b0 ? Logical_Operator1_out1_4 :
              Logical_Operator2_out1_1);



  assign Switch3_out1_2 = (Bit_Slice11_out1_2 == 1'b0 ? Switch6_out1_1 :
              Switch7_out1_1);



  assign Bit_Slice8_out1_1 = if_opp_Sign_out1[6:3];



  assign Bit_Slice_out1_4 = Bit_Slice8_out1_1[0];



  assign Logical_Operator3_out1_1 = Bit_Slice_out1_4 | Logical_Operator2_out1_1;



  assign Bit_Slice1_out1_4 = Bit_Slice8_out1_1[1];



  assign Logical_Operator_out1_6 = Bit_Slice1_out1_4 | Logical_Operator3_out1_1;



  assign Switch6_out1_2 = (Bit_Slice14_out1_2 == 1'b0 ? Logical_Operator3_out1_1 :
              Logical_Operator_out1_6);



  assign Bit_Slice2_out1_4 = Bit_Slice8_out1_1[2];



  assign Logical_Operator1_out1_5 = Bit_Slice2_out1_4 | Logical_Operator_out1_6;



  assign Bit_Slice3_out1_3 = Bit_Slice8_out1_1[3];



  assign Logical_Operator2_out1_2 = Bit_Slice3_out1_3 | Logical_Operator1_out1_5;



  assign Switch7_out1_2 = (Bit_Slice14_out1_2 == 1'b0 ? Logical_Operator1_out1_5 :
              Logical_Operator2_out1_2);



  assign Switch3_out1_3 = (Bit_Slice11_out1_2 == 1'b0 ? Switch6_out1_2 :
              Switch7_out1_2);



  assign Switch6_out1_3 = (Bit_Slice10_out1_2 == 1'b0 ? Switch3_out1_2 :
              Switch3_out1_3);



  assign Bit_Slice9_out1_2 = if_opp_Sign_out1[10:7];



  assign Bit_Slice_out1_5 = Bit_Slice9_out1_2[0];



  assign Logical_Operator3_out1_2 = Bit_Slice_out1_5 | Logical_Operator2_out1_2;



  assign Bit_Slice1_out1_5 = Bit_Slice9_out1_2[1];



  assign Logical_Operator_out1_7 = Bit_Slice1_out1_5 | Logical_Operator3_out1_2;



  assign Switch6_out1_4 = (Bit_Slice14_out1_2 == 1'b0 ? Logical_Operator3_out1_2 :
              Logical_Operator_out1_7);



  assign Bit_Slice2_out1_5 = Bit_Slice9_out1_2[2];



  assign Logical_Operator1_out1_6 = Bit_Slice2_out1_5 | Logical_Operator_out1_7;



  assign Bit_Slice3_out1_4 = Bit_Slice9_out1_2[3];



  assign Logical_Operator2_out1_3 = Bit_Slice3_out1_4 | Logical_Operator1_out1_6;



  assign Switch7_out1_3 = (Bit_Slice14_out1_2 == 1'b0 ? Logical_Operator1_out1_6 :
              Logical_Operator2_out1_3);



  assign Switch3_out1_4 = (Bit_Slice11_out1_2 == 1'b0 ? Switch6_out1_4 :
              Switch7_out1_3);



  assign Bit_Slice3_out1_5 = if_opp_Sign_out1[14:11];



  assign Bit_Slice_out1_6 = Bit_Slice3_out1_5[0];



  assign Logical_Operator3_out1_3 = Bit_Slice_out1_6 | Logical_Operator2_out1_3;



  assign Bit_Slice1_out1_6 = Bit_Slice3_out1_5[1];



  assign Logical_Operator_out1_8 = Bit_Slice1_out1_6 | Logical_Operator3_out1_3;



  assign Switch6_out1_5 = (Bit_Slice14_out1_2 == 1'b0 ? Logical_Operator3_out1_3 :
              Logical_Operator_out1_8);



  assign Bit_Slice2_out1_6 = Bit_Slice3_out1_5[2];



  assign Logical_Operator1_out1_7 = Bit_Slice2_out1_6 | Logical_Operator_out1_8;



  assign Bit_Slice3_out1_6 = Bit_Slice3_out1_5[3];



  assign Logical_Operator2_out1_4 = Bit_Slice3_out1_6 | Logical_Operator1_out1_7;



  assign Switch7_out1_4 = (Bit_Slice14_out1_2 == 1'b0 ? Logical_Operator1_out1_7 :
              Logical_Operator2_out1_4);



  assign Switch3_out1_5 = (Bit_Slice11_out1_2 == 1'b0 ? Switch6_out1_5 :
              Switch7_out1_4);



  assign Switch7_out1_5 = (Bit_Slice10_out1_2 == 1'b0 ? Switch3_out1_4 :
              Switch3_out1_5);



  assign Switch3_out1_6 = (Bit_Slice12_out1_2 == 1'b0 ? Switch6_out1_3 :
              Switch7_out1_5);



  assign Bit_Slice4_out1_1 = if_opp_Sign_out1[18:15];



  assign Bit_Slice_out1_7 = Bit_Slice4_out1_1[0];



  assign Logical_Operator3_out1_4 = Bit_Slice_out1_7 | Logical_Operator2_out1_4;



  assign Bit_Slice1_out1_7 = Bit_Slice4_out1_1[1];



  assign Logical_Operator_out1_9 = Bit_Slice1_out1_7 | Logical_Operator3_out1_4;



  assign Switch6_out1_6 = (Bit_Slice14_out1_2 == 1'b0 ? Logical_Operator3_out1_4 :
              Logical_Operator_out1_9);



  assign Bit_Slice2_out1_7 = Bit_Slice4_out1_1[2];



  assign Logical_Operator1_out1_8 = Bit_Slice2_out1_7 | Logical_Operator_out1_9;



  assign Bit_Slice3_out1_7 = Bit_Slice4_out1_1[3];



  assign Logical_Operator2_out1_5 = Bit_Slice3_out1_7 | Logical_Operator1_out1_8;



  assign Switch7_out1_6 = (Bit_Slice14_out1_2 == 1'b0 ? Logical_Operator1_out1_8 :
              Logical_Operator2_out1_5);



  assign Switch3_out1_7 = (Bit_Slice11_out1_2 == 1'b0 ? Switch6_out1_6 :
              Switch7_out1_6);



  assign Bit_Slice5_out1_2 = if_opp_Sign_out1[22:19];



  assign Bit_Slice_out1_8 = Bit_Slice5_out1_2[0];



  assign Logical_Operator3_out1_5 = Bit_Slice_out1_8 | Logical_Operator2_out1_5;



  assign Bit_Slice1_out1_8 = Bit_Slice5_out1_2[1];



  assign Logical_Operator_out1_10 = Bit_Slice1_out1_8 | Logical_Operator3_out1_5;



  assign Switch6_out1_7 = (Bit_Slice14_out1_2 == 1'b0 ? Logical_Operator3_out1_5 :
              Logical_Operator_out1_10);



  assign Bit_Slice2_out1_8 = Bit_Slice5_out1_2[2];



  assign Logical_Operator1_out1_9 = Bit_Slice2_out1_8 | Logical_Operator_out1_10;



  assign Bit_Slice3_out1_8 = Bit_Slice5_out1_2[3];



  assign Logical_Operator2_out1_6 = Bit_Slice3_out1_8 | Logical_Operator1_out1_9;



  assign Switch7_out1_7 = (Bit_Slice14_out1_2 == 1'b0 ? Logical_Operator1_out1_9 :
              Logical_Operator2_out1_6);



  assign Switch3_out1_8 = (Bit_Slice11_out1_2 == 1'b0 ? Switch6_out1_7 :
              Switch7_out1_7);



  assign Switch6_out1_8 = (Bit_Slice10_out1_2 == 1'b0 ? Switch3_out1_7 :
              Switch3_out1_8);



  assign Bit_Slice6_out1_1 = if_opp_Sign_out1[26:23];



  assign Bit_Slice_out1_9 = Bit_Slice6_out1_1[0];



  assign Logical_Operator3_out1_6 = Bit_Slice_out1_9 | Logical_Operator2_out1_6;



  assign Bit_Slice1_out1_9 = Bit_Slice6_out1_1[1];



  assign Logical_Operator_out1_11 = Bit_Slice1_out1_9 | Logical_Operator3_out1_6;



  assign Switch6_out1_9 = (Bit_Slice14_out1_2 == 1'b0 ? Logical_Operator3_out1_6 :
              Logical_Operator_out1_11);



  assign Bit_Slice2_out1_9 = Bit_Slice6_out1_1[2];



  assign Logical_Operator1_out1_10 = Bit_Slice2_out1_9 | Logical_Operator_out1_11;



  assign Bit_Slice3_out1_9 = Bit_Slice6_out1_1[3];



  assign Logical_Operator2_out1_7 = Bit_Slice3_out1_9 | Logical_Operator1_out1_10;



  assign Switch7_out1_8 = (Bit_Slice14_out1_2 == 1'b0 ? Logical_Operator1_out1_10 :
              Logical_Operator2_out1_7);



  assign Switch3_out1_9 = (Bit_Slice11_out1_2 == 1'b0 ? Switch6_out1_9 :
              Switch7_out1_8);



  assign Bit_Slice1_out1_10 = if_opp_Sign_out1[27];



  assign Logical_Operator_out1_12 =  ~ Bit_Slice1_out1_10;



  assign Logical_Operator1_out1_11 = Logical_Operator_out1_12 & Logical_Operator2_out1_7;



  assign Switch7_out1_9 = (Bit_Slice10_out1_2 == 1'b0 ? Switch3_out1_9 :
              Logical_Operator1_out1_11);



  assign Switch3_out1_10 = (Bit_Slice12_out1_2 == 1'b0 ? Switch6_out1_8 :
              Switch7_out1_9);



  assign Switch2_out1_2 = (Bit_Slice13_out1_2 == 1'b0 ? Switch3_out1_6 :
              Switch3_out1_10);



  assign BitSlice1_out1 = mant_a_ext_mant_b_shifted_out1[0];



  assign sticky_bitget_Sum_1_out1 = BitSlice1_out1 | Switch2_out1_2;



  assign BitSlice_out1_1 = BitSlice6_out1[0];



  assign BitSlice1_out1_1 = BitSlice6_out1[1];



  assign if_bitget_Sum_Sum_WordLength_2_out1 = (BitSlice_out1 == 1'b0 ? Switch2_out1_2 :
              sticky_bitget_Sum_1_out1);



  assign sticky_bitget_Sum_1_out1_1 = BitSlice5_out1 | if_bitget_Sum_Sum_WordLength_2_out1;



  assign alphabitget_Mant_tmp_2_0_out1 = BitSlice1_out1_1 | sticky_bitget_Sum_1_out1_1;



  assign alphabitget_Mant_tmp_1_0_out1 = BitSlice_out1_1 & alphabitget_Mant_tmp_2_0_out1;



  assign alpha0_out1_2 = 1'b0;



  assign BitSlice4_out1 = BitSlice6_out1[23:1];



  assign Bit_Concat_out1_3 = {alpha0_out1_2, BitSlice4_out1};



  assign cast_2_like_Mant_tmp_out1 = 24'b000000000000000000000001;



  assign Mant_tmp_cast_2_like_Man_out1 = Bit_Concat_out1_3 + cast_2_like_Mant_tmp_out1;



  assign if_bitget_Mant_tmp_1_0_out1 = (alphabitget_Mant_tmp_1_0_out1 == 1'b0 ? Bit_Concat_out1_3 :
              Mant_tmp_cast_2_like_Man_out1);



  assign BitSlice2_out1 = if_bitget_Mant_tmp_1_0_out1[23];



  assign BitSlice4_out1_1 = if_bitget_Sum_Sum_WordLength_out1[25];



  assign C4_out1 = 8'b00000000;



  assign Sum_0_out1 = mant_a_ext_mant_b_shifted_out1 == 27'b000000000000000000000000000;



  assign exp_a_cor_shift_length_1 = {3'b0, Switch34_out1};
  assign exp_a_cor_shift_length_out1 = if_Exponent_0_out1 - exp_a_cor_shift_length_1;



  assign C2_out1 = 8'b00000001;



  assign if_shift_length_exp_a_cor_out1 = (Logical_Operator1_out1_3 == 1'b0 ? exp_a_cor_shift_length_out1 :
              C2_out1);



  assign BitSlice2_out1_1 = mant_a_ext_mant_b_shifted_out1[25];



  assign C3_out1 = 8'b00000000;



  assign if_Sum_0_out1 = (Sum_0_out1 == 1'b0 ? if_shift_length_exp_a_cor_out1 :
              C3_out1);



  assign if_bitget_Sum_Sum_WordLength_1_out1 = (BitSlice2_out1_1 == 1'b0 ? if_Sum_0_out1 :
              if_Exponent_0_out1);



  assign C_out1_2 = 8'b00000001;



  assign exp_a_cor_1_out1_1 = C_out1_2 + if_Exponent_0_out1;



  assign if_bitget_Sum_Sum_WordLength_1_out1_1 = (BitSlice_out1 == 1'b0 ? if_bitget_Sum_Sum_WordLength_1_out1 :
              exp_a_cor_1_out1_1);



  assign if_bitget_Sum_Sum_WordLength_out1_1 = (BitSlice4_out1_1 == 1'b0 ? C4_out1 :
              if_bitget_Sum_Sum_WordLength_1_out1_1);



  assign cast_1_like_Exp_out1 = 8'b00000001;



  assign Exp_cast_1_like_Exp_out1 = if_bitget_Sum_Sum_WordLength_out1_1 + cast_1_like_Exp_out1;



  assign if_bitget_Mant_tmp_Mant_tmp_Wor_out1 = (BitSlice2_out1 == 1'b0 ? if_bitget_Sum_Sum_WordLength_out1_1 :
              Exp_cast_1_like_Exp_out1);



  assign Exponent_0_out1_2 = if_bitget_Mant_tmp_Mant_tmp_Wor_out1 == 8'b00000000;



  assign BitSlice3_out1_1 = if_bitget_Mant_tmp_1_0_out1[22:0];



  assign Mantissa_0_out1 = BitSlice3_out1_1 == 23'b00000000000000000000000;



  assign alphaExponent_0_Mantissa_out1 = Exponent_0_out1_2 & Mantissa_0_out1;



  assign Constant_out1_2 = 1'b0;



  assign Switch_out1_1 = (aExponent_cfType_Exponent_I_out1 == 1'b0 ? alphaExponent_0_Mantissa_out1 :
              Constant_out1_2);



  assign alphaaSign_1_bSign_1_out1 = if_bitconcat_aExponent_aMantiss_2_out1 & if_bitconcat_aExponent_aMantiss_5_out1;



  assign if_Exponent_0_Mantissa_out1 = (Switch_out1_1 == 1'b0 ? if_bitconcat_aExponent_aMantiss_2_out1 :
              alphaaSign_1_bSign_1_out1);



  assign if_aExponent_cfType_Exponent_out1 = (aExponent_cfType_Exponent_I_out1 == 1'b0 ? if_bitget_Mant_tmp_Mant_tmp_Wor_out1 :
              if_bitconcat_aExponent_aMantiss_out1);



  assign opp_signs_exp_b_cfType_out1 = bitxor_out1 & exp_b_cfType_Exponent_Inf_o_out1;



  assign mant_a_0_out1 = if_bitconcat_aExponent_aMantiss_1_out1 != 23'b00000000000000000000000;



  assign alphamant_a_0_opp_signs_out1 = opp_signs_exp_b_cfType_out1 | mant_a_0_out1;



  assign BitSet_out1 = if_bitconcat_aExponent_aMantiss_1_out1 | 23'b10000000000000000000000;



  assign if_mant_a_0_opp_signs_out1 = (alphamant_a_0_opp_signs_out1 == 1'b0 ? if_bitconcat_aExponent_aMantiss_1_out1 :
              BitSet_out1);



  assign if_aExponent_cfType_Exponent_1_out1 = (aExponent_cfType_Exponent_I_out1 == 1'b0 ? BitSlice3_out1_1 :
              if_mant_a_0_opp_signs_out1);



  // Combine FP sign, exponent, mantissa into 32 bit word
  assign nfp_out_pack = {if_Exponent_0_Mantissa_out1, if_aExponent_cfType_Exponent_out1, if_aExponent_cfType_Exponent_1_out1};



  assign nfp_out = nfp_out_pack;

endmodule  // nfp_sub_single